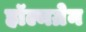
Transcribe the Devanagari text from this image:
हॉल्मग्रेन